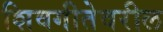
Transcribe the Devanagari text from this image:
शिवगीतेवरील